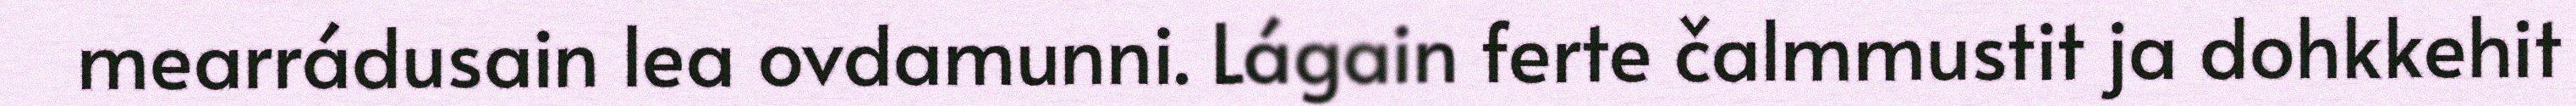
mearrádusain lea ovdamunni. Lágain ferte čalmmustit ja dohkkehit